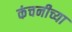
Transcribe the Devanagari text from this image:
कंचनीच्या